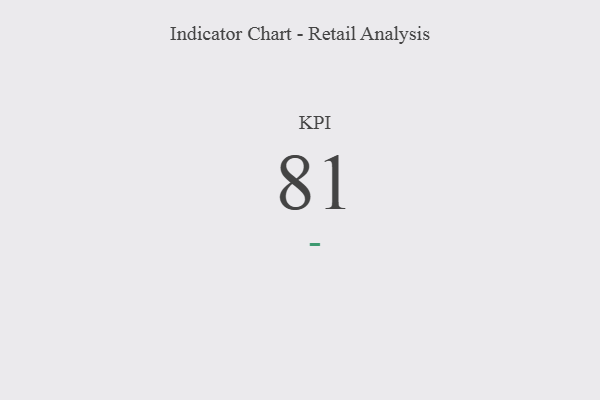
{"axis": {"x": "KPI", "y": "Value"}, "legend": [""], "data": [{"x": "KPI", "y": 81, "type": ""}]}